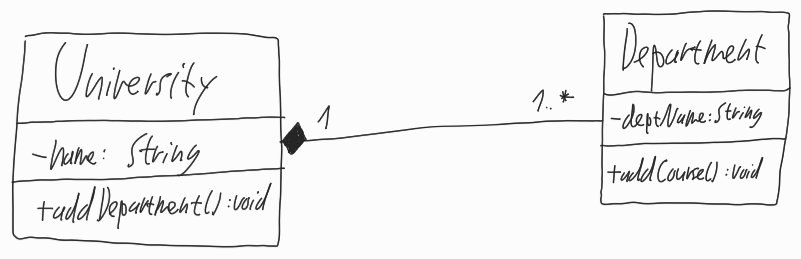
Diagram type: class_diagram
```plantuml
@startuml

class University {
  - name: String
  + addDepartment(): void
}

class Department {
  - deptName: String
  + addCourse(): void
}

University "1" *-- "1..*" Department

@enduml
```